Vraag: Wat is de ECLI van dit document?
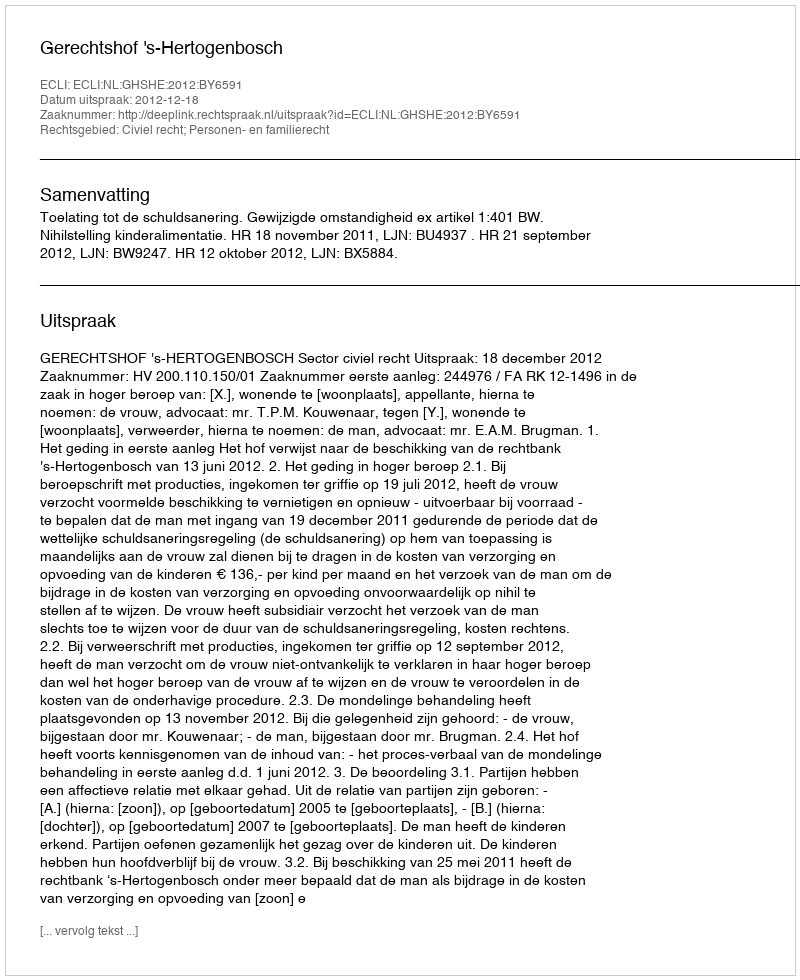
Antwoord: ECLI:NL:GHSHE:2012:BY6591